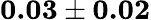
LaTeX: \textbf{0.03}\pm\textbf{0.02}